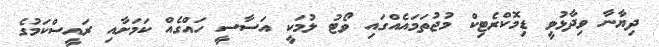
ދިޔާނާ ވިދާޅުވީ ޑިމޮކްރެޓިކް މުޖުތަމައެއްގައި ވޯޓު ލުމަކީ އަސާސީ ހައްގެއް ކަމަށާއި ރައީސްކަމުގެ